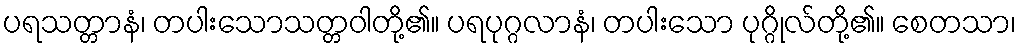
ပရသတ္တာနံ၊ တပါးသောသတ္တဝါတို့၏။ ပရပုဂ္ဂလာနံ၊ တပါးသော ပုဂ္ဂိုလ်တို့၏။ စေတသာ၊